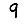
Digit: 9